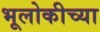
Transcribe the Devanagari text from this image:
भूलोकीच्या